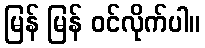
မြန် မြန် ဝင်လိုက်ပါ။